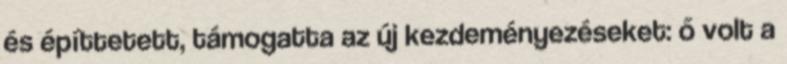
és építtetett, támogatta az új kezdeményezéseket: ő volt a